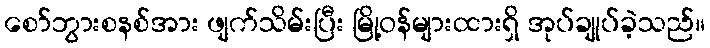
စော်ဘွားစနစ်အား ဖျက်သိမ်းပြီး မြို့ဝန်များထားရှိ အုပ်ချုပ်ခဲ့သည်။